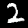
Digit: 2